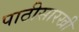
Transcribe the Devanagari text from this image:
पाठीसारखी